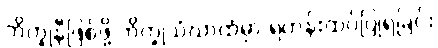
ဘိက္ခုနီဖြစ်ဖို့ ဘိက္ခုသံဃာထံမှာ ရဟန်းထပ်ပြုရခြင်း